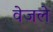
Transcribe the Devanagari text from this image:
वेजले